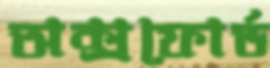
অক্সফোর্ড